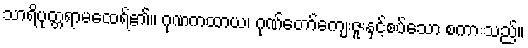
သာရိပုတ္တရာမထေရ်၏။ ဂုဏကထာယ၊ ဂုဏ်တော်ကျေးဇူးနှင့်စပ်သော စကားသည်။